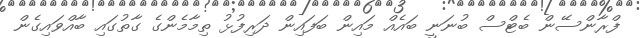
ފްރާންސޭން ބެޓްސް ބުނަނީ ބައެއް މައިން ބަފައިން ދަރިފުޅު ތިމާމެންގެ ގާތުގައި ބާއްވައިގެން